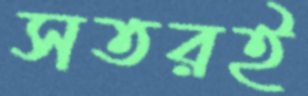
সতরই